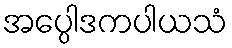
အပ္ပေါဒကပါယသံ